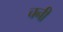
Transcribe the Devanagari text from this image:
चनी